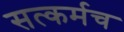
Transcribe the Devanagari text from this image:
सत्कर्मच